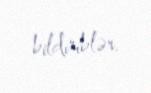
bildiriblər.